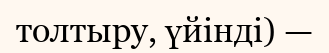
толтыру, үйінді) —